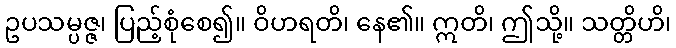
ဥပသမ္ပဇ္ဇ၊ ပြည့်စုံစေ၍။ ဝိဟရတိ၊ နေ၏။ ဣတိ၊ ဤသို့။ သတ္တိဟိ၊